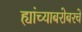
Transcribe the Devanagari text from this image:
ह्यांच्याबरोबरचे